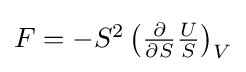
{\textstyle F=-S^{2}\left({\frac {\partial }{\partial S}}{\frac {U}{S}}\right)_{V}}